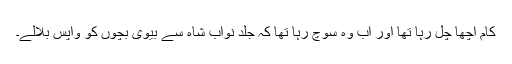
کام اچھا چل رہا تھا اور اب وہ سوچ رہا تھا کہ جلد نواب شاہ سے بیوی بچوں کو واپس بلالے۔